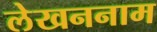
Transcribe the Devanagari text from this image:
लेखननाम